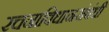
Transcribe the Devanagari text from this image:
रचनाविधानसंबंधी